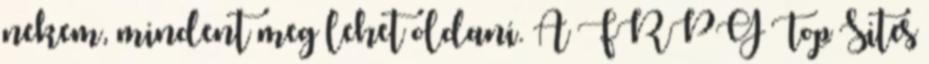
nekem, mindent meg lehet oldani. A FRPG Top Sites